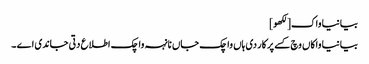
بیانیا واک[لکھو]
بیانیا واکاں وچ کسے پرکار دی ہاں واچک جاں نانہہ واچک اطلاع دتی جاندی اے ۔